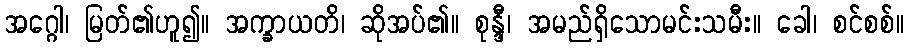
အဂ္ဂေါ၊ မြတ်၏ဟူ၍။ အက္ခာယတိ၊ ဆိုအပ်၏။ စုန္ဒီ၊ အမည်ရှိသောမင်းသမီး။ ခေါ၊ စင်စစ်။